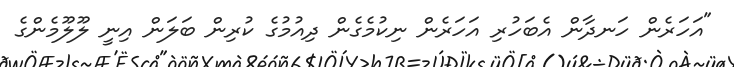
"އަހަރެން ހަނދާން އެބަހުރި އަހަރެން ނިކުމެގެން ދިއުމުގެ ކުރިން ބަލަން އިނީ ލޫލޫމެންގެ